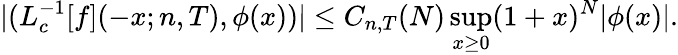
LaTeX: |(L_{c}^{-1}[f](-x;n,T),\phi(x))|\leq C_{n,T}(N)\operatorname*{sup}_{x\geq 0}(1+x)^{N}|\phi(x)|.